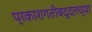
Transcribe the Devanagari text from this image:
प्रकाशगतीबद्दलच्या